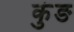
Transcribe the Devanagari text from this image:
कुंङ